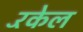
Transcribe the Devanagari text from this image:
रॅकेल